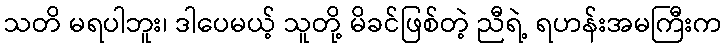
သတိ မရပါဘူး၊ ဒါပေမယ့် သူတို့ မိခင်ဖြစ်တဲ့ ညီရဲ့ ရဟန်းအမကြီးက